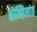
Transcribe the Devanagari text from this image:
कौन्सिलांत